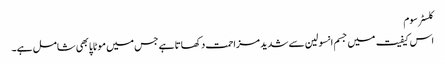
کلسٹر سوم
اس کیفیت میں جسم انسولین سے شدید مزاحمت دکھاتا ہے جس میں موٹاپا بھی شامل ہے۔